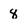
Character: 8